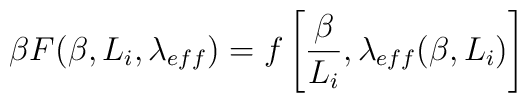
\beta F(\beta,L_{i},\lambda_{eff})= f\left[\frac{\beta}{L_{i}},  \lambda_{eff}(\beta,L_{i})\right]